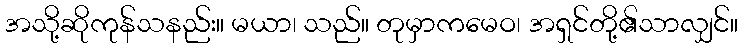
အသို့ဆိုကုန်သနည်း။ မယာ၊ သည်။ တုမှာကမေဝ၊ အရှင်တို့၏သာလျှင်။